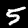
Digit: 5